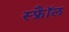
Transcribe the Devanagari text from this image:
स्फ्रैॉल